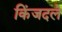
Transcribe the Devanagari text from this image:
किंजदले